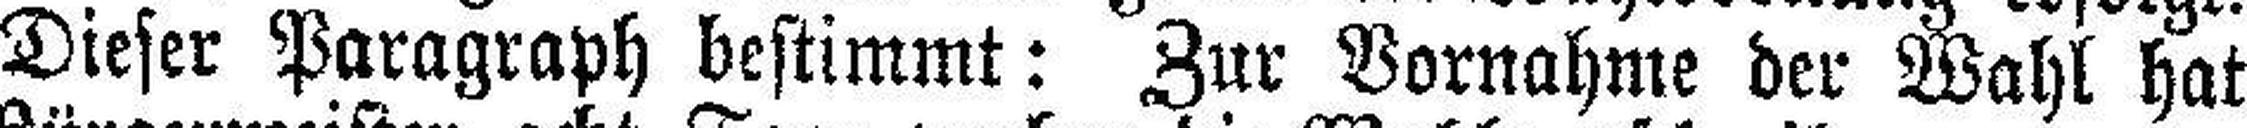
Dieser Paragraph bestimmt: Zur Vornahme der Wahl hat